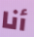
أنا